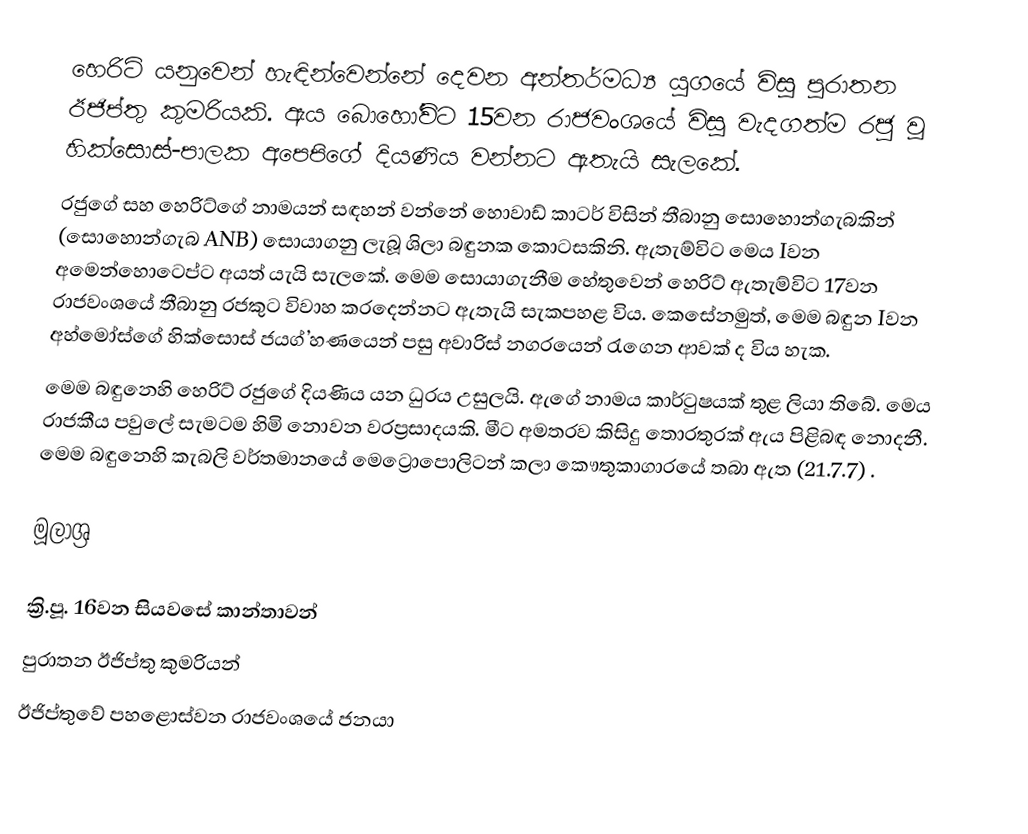
හෙරිට් යනුවෙන් හැඳින්වෙන්නේ දෙවන අන්තර්මධ්‍ය යුගයේ විසූ පුරාතන ඊජිප්තු කුමරියකි. ඇය බොහෝවිට 15වන රාජවංශයේ විසූ වැදගත්ම රජු වූ හික්සොස්-පාලක අපෙපිගේ දියණිය වන්නට ඇතැයි සැලකේ.
රජුගේ සහ හෙරිට්ගේ නාමයන් සඳහන් වන්නේ හොවාඩ් කාටර් විසින් තීබානු සොහොන්ගැබකින් (සොහොන්ගැබ ANB) සොයාගනු ලැබූ ‍ශිලා බඳුනක කොටසකිනි. ඇතැම්විට මෙය Iවන අමෙන්හොටෙප්ට අයත් යැයි සැලකේ. මෙම සොයාගැනීම හේතුවෙන් හෙරිට් ඇතැම්විට 17වන රාජවංශයේ තීබානු රජකුට විවාහ කරදෙන්නට ඇතැයි සැකපහළ විය. කෙසේනමුත්, මෙම බඳුන Iවන අහ්මෝස්ගේ හික්සොස් ජයග්‍’හණයෙන් පසු අවාරිස් නගරයෙන් රැගෙන ආවක් ද විය හැක.
මෙම බඳුනෙහි හෙරිට් රජුගේ දියණිය යන ධුරය උසුලයි. ඇගේ නාමය කාර්ටුෂයක් තුළ ලියා තිබේ. මෙය රාජකීය පවුලේ සැමටම හිමි නොවන වරප්‍රසාදයකි. මීට අමතරව කිසිදු තොරතුරක් ඇය පිළිබඳ නොදනී. මෙම බඳුනෙහි කැබලි වර්තමානයේ මෙට්‍රොපොලිටන් කලා කෞතුකාගාරයේ තබා ඇත (21.7.7) .

මූලාශ්‍ර

ක්‍රි.පූ. 16වන සියවසේ කාන්තාවන්
පුරාතන ඊජිප්තු කුමරියන්
ඊජිප්තුවේ පහළොස්වන රාජවංශයේ ජනයා